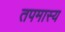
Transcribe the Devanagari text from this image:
तपमास्य